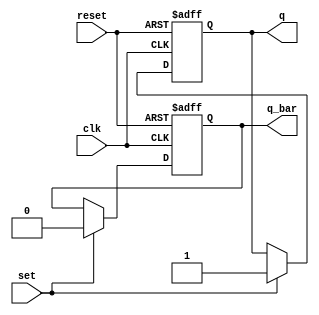
module sr_flip_flop (
    input wire clk,
    input wire reset,
    input wire set,
    output reg q,
    output reg q_bar
);

always @(posedge clk or posedge reset) begin
    if (reset) begin
        q <= 0;
        q_bar <= 1;
    end else if (set) begin
        q <= 1;
        q_bar <= 0;
    end
end

endmodule